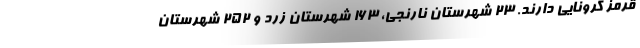
قرمز کرونایی دارند. ۲۳ شهرستان نارنجی، ۱۶۳ شهرستان زرد و ۲۵۲ شهرستان